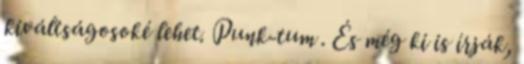
kiváltságosoké lehet. Punk-tum . És még ki is írják,